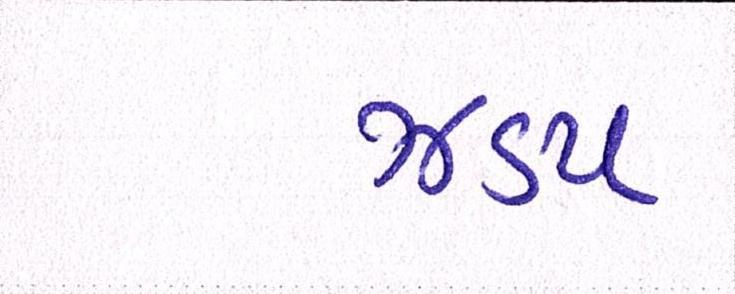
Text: ઝડપ